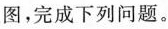
图，完成下列问题。